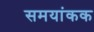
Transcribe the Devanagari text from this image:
समयांकक